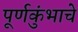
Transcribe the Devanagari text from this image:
पूर्णकुंभाचे